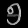
Digit: ၅